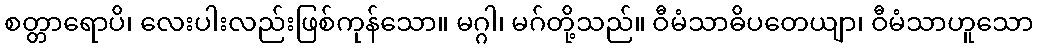
စတ္တာရောပိ၊ လေးပါးလည်းဖြစ်ကုန်သော။ မဂ္ဂါ၊ မဂ်တို့သည်။ ဝီမံသာဓိပတေယျာ၊ ဝီမံသာဟူသော